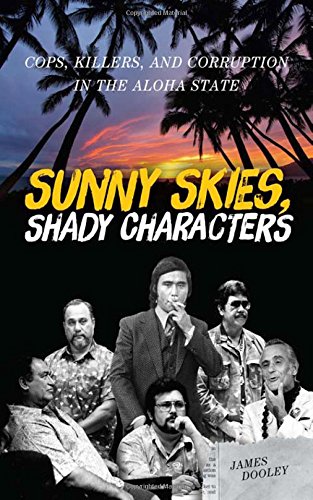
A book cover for Sunny Skies, Shady Characters: Cops, Killers, and Corruption in the Aloha State (A Latitude 20 Book); James Dooley; Biographies & Memoirs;